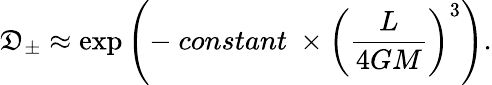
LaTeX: \mathfrak{D}_{\pm}\approx\exp\left(-\ constant\ \times\left(\frac{{L}}{{4GM}}\right)^{3}\right).